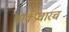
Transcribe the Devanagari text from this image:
वाक्प्रचारच